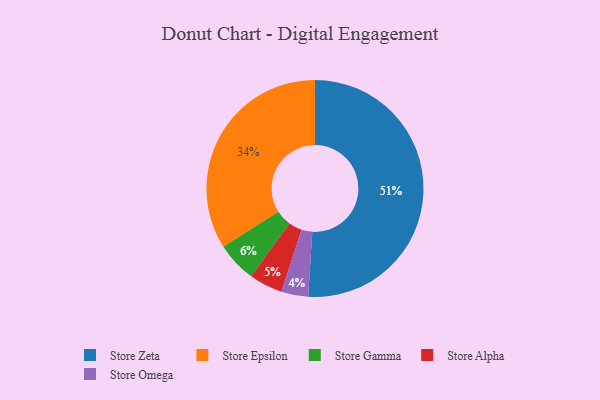
{"axis": {"x": "Category", "y": "Percentage"}, "legend": ["Store Alpha", "Store Epsilon", "Store Gamma", "Store Omega", "Store Zeta"], "data": [{"x": "Store Alpha", "y": 5, "type": "Store Alpha"}, {"x": "Store Epsilon", "y": 34, "type": "Store Epsilon"}, {"x": "Store Omega", "y": 4, "type": "Store Omega"}, {"x": "Store Zeta", "y": 51, "type": "Store Zeta"}, {"x": "Store Gamma", "y": 6, "type": "Store Gamma"}]}